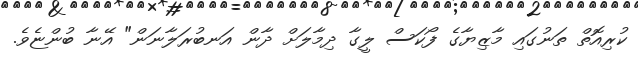
ކުރިއޮތް ތަނުގައި މާޒިޔާގެ ފޯކަސް ލީގާ ދިމާލަށް ދާން އަނބުރަލާނަން" އޭނާ ބުންޏެވެ.